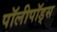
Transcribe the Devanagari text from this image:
पॉलीपॉड्स